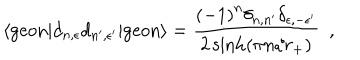
\langle \mathrm { g e o n } | d _ { n , \epsilon } d _ { n ^ { \prime } , \epsilon ^ { \prime } } | \mathrm { g e o n } \rangle = \frac { { ( - 1 ) } ^ { n } \delta _ { n , n ^ { \prime } } \delta _ { \epsilon , - \epsilon ^ { \prime } } } { 2 \sinh ( \pi n / r _ { + } ) } \ \ ,